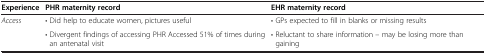
| Experience | PHR maternity record | EHR maternity record |
 | --- | --- | --- |
 | Access | • Did help to educate women, pictures useful | • GPs expected to fill in blanks or missing results |
 |  | • Divergent findings of accessing PHR Accessed 51% of times during an antenatal visit | • Reluctant to share information – may be losing more than gaining |